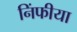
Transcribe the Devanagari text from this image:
निंफीया